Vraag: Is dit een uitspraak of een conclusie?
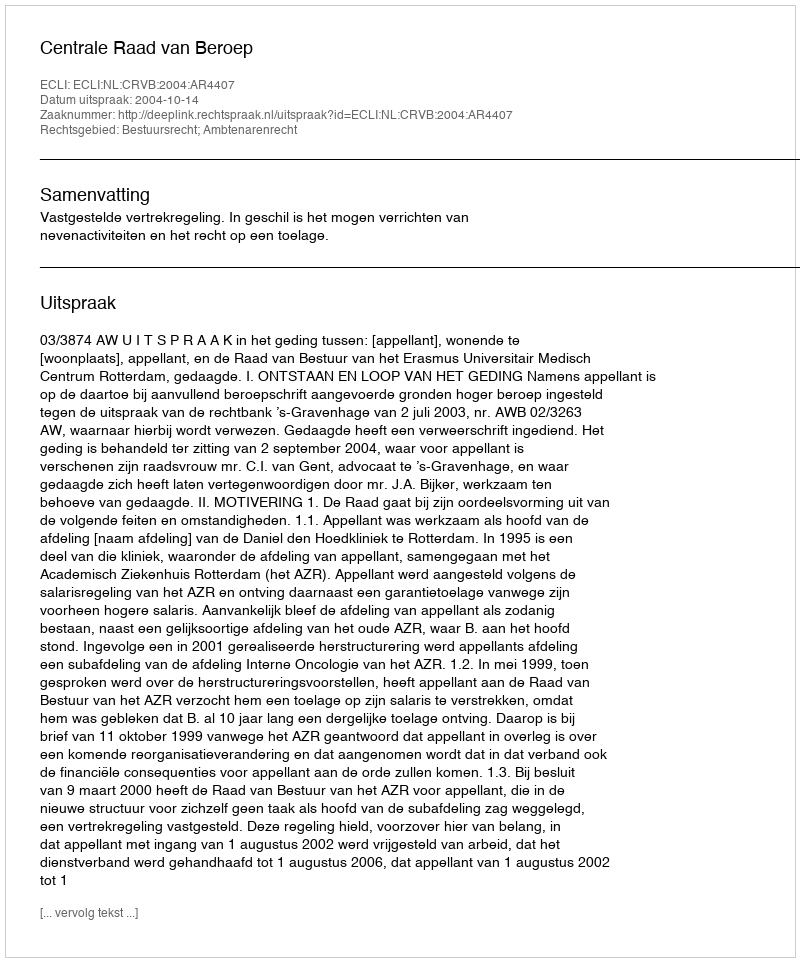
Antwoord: Uitspraak